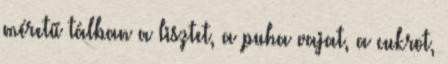
méretű tálban a lisztet, a puha vajat, a cukrot,